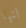
انها